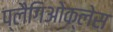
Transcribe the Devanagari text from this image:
प्लैगिओक्लेस